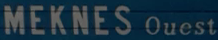
MEKNES Ouest